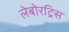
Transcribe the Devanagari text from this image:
लेबोरट्रिस